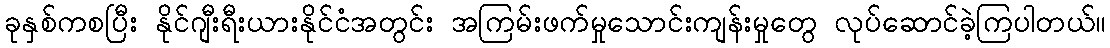
ခုနှစ်ကစပြီး နိုင်ဂျီးရီးယားနိုင်ငံအတွင်း အကြမ်းဖက်မှုသောင်းကျန်းမှုတွေ လုပ်ဆောင်ခဲ့ကြပါတယ်။